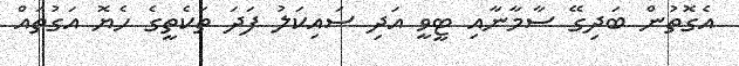
އެގޮތުން ބަދިގޭ ސާމާނާއި ޓީވީ އަދި ސައިކަލު ފަދަ ތަކެތީގެ ހެޔޮ އަގުތައް